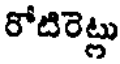
రోటిరెట్లు